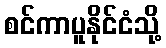
စင်ကာပူနိုင်ငံသို့